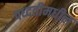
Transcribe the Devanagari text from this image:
पध्दतीमधील